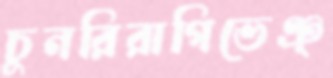
চুনরিরাগিভেঞ্